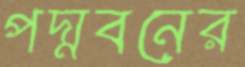
পদ্মবনের